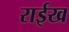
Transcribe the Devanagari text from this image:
राईख